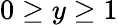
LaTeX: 0\ge y\ge 1